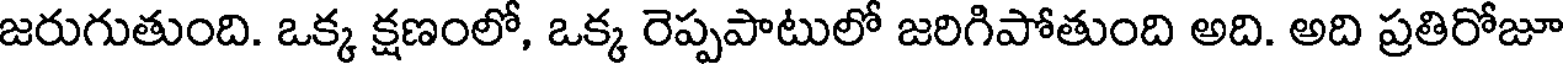
జరుగుతుంది. ఒక్క క్షణంలో, ఒక్క రెప్పపాటులో జరిగిపోతుంది అది. అది ప్రతిరోజూ